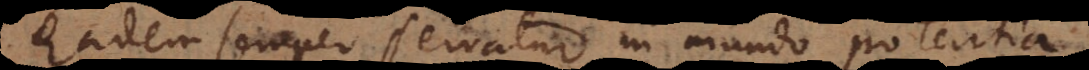
Eadem semper servatur in mundo potentia